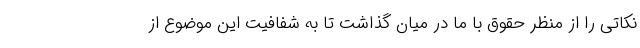
نکاتی را از منظر حقوق با ما در میان گذاشت تا به شفافیت این موضوع از